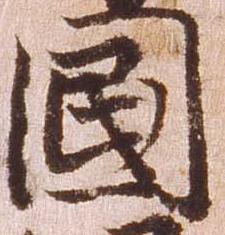
国